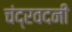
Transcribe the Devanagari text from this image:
चंद्रवदनी